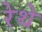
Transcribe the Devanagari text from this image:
रेथे